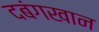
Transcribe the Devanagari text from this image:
दबंगखान